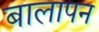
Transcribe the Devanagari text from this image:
बालापन